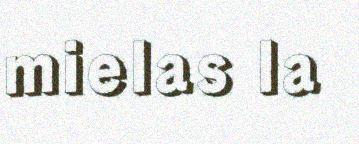
mielas la